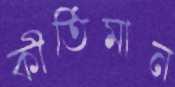
কীর্তিমান